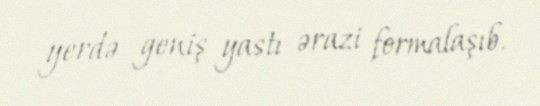
yerdə geniş yastı ərazi formalaşıb.